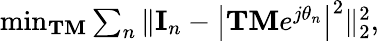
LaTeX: \begin{array}{r}{\operatorname*{min}_{\mathbf{TM}}\sum_{n}\| {\mathbf{I}}_{n}-\left|{\mathbf{TM}}e^{j{\mathbf{\theta}}_{n}}\right|^{2}\| _{2}^{2},}\end{array}